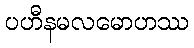
ပဟီနမလမောဟဿ